Calcutta medical institutions reports 1892-1900
Year: 1892
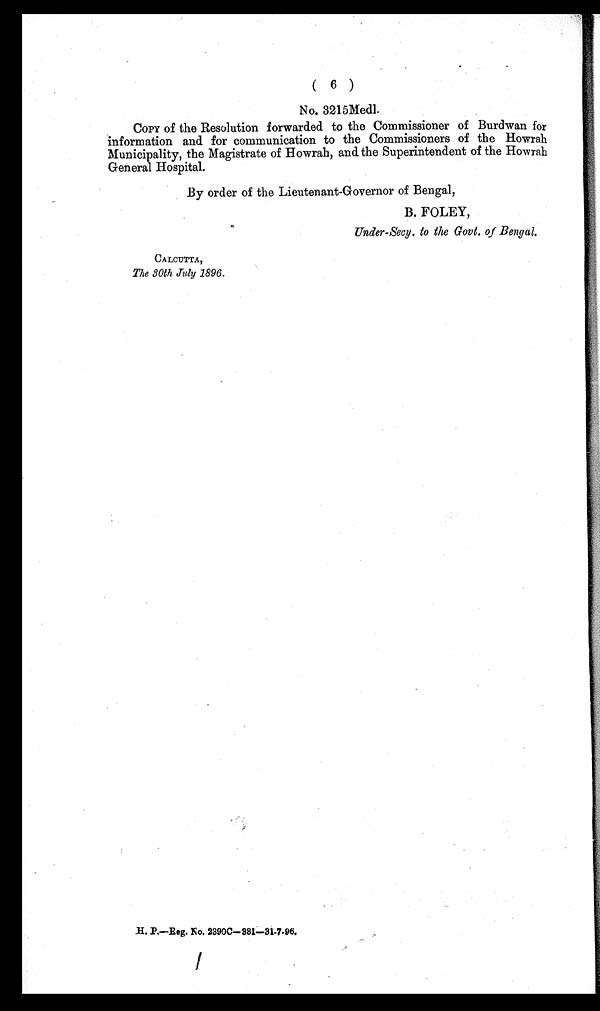
( 6 )
No. 3215Med1.
COPY of the Resolution forwarded to the Commissioner of Burdwan for
information and for communication to the Commissioners of the Howrah
Municipality, the Magistrate of Howrah, and the Superintendent of theHowrah
General Hospital.
By order of the Lieutenant-Governor of Bengal,
B. FOLEY,
Under-Secy. to the Govt. of Bengal.
CALCUTTA,
The 30th July 1896.